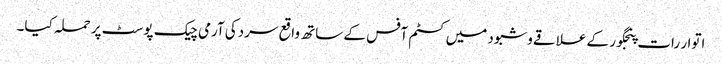
اتوار رات پنجگور کے علاقے وشبود میں کسٹم آفس کے ساتھ واقع سردکی آرمی چیک پوسٹ پر حملہ کیا۔